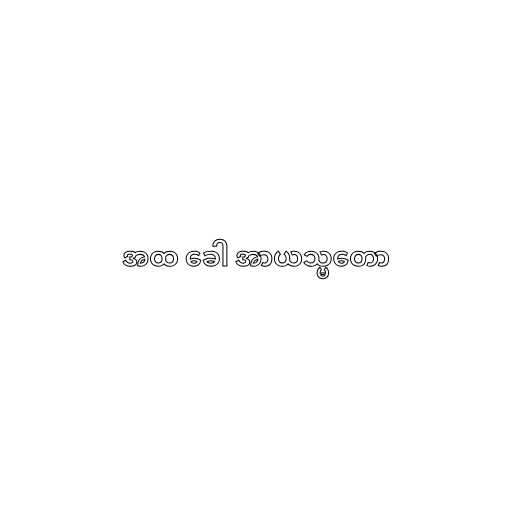
အထ ခေါ အာယသ္မတော